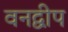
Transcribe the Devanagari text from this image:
वनद्वीप